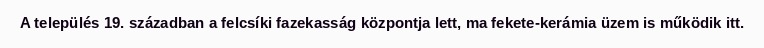
A település 19. században a felcsíki fazekasság központja lett, ma fekete-kerámia üzem is működik itt.